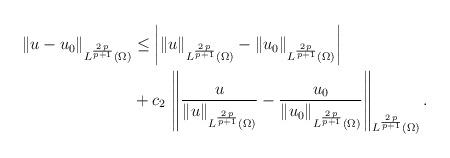
LaTeX: \begin{align*}\left\|u-u_0\right\|_{L^\frac{2\,p}{p+1}(\Omega)}&\le \left|\|u\|_{L^\frac{2\,p}{p+1}(\Omega)}-\|u_0\|_{L^\frac{2\,p}{p+1}(\Omega)}\right|\\&+c_2\,\left\|\frac{u}{\|u\|_{L^\frac{2\,p}{p+1}(\Omega)}}-\frac{u_0}{\|u_0\|_{L^\frac{2\,p}{p+1}(\Omega)}}\right\|_{L^\frac{2\,p}{p+1}(\Omega)}.\end{align*}